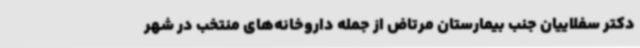
دکتر سفلاییان جنب بیمارستان مرتاض از جمله داروخانه‌های منتخب در شهر